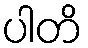
ပါတိ